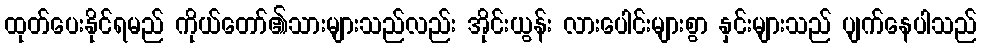
ထုတ်ပေးနိုင်ရမည် ကိုယ်တော်၏သားများသည်လည်း အိုင်းယွန်း လားပေါင်းများစွာ နှင်းများသည် ပျက်နေပါသည်